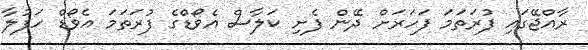
ރާއްޖޭގައި ފުރަތަމަ ފަހަރަށް ދޭން ފެށި ކަލާސް އެވޯޑްގެ ފުރަތަމަ އެވޯޑް ހަފުލާ